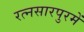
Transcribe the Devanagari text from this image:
रत्नसारपुरमें